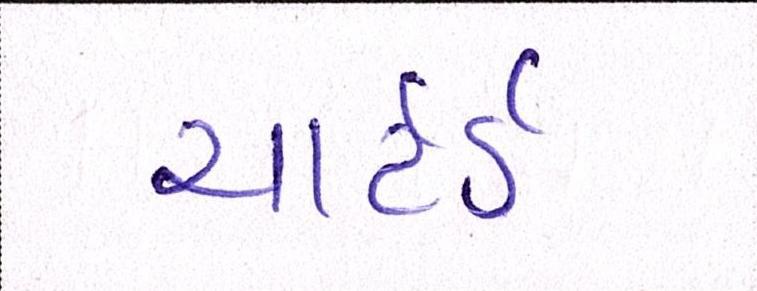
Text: ચાર્ટર્ડ